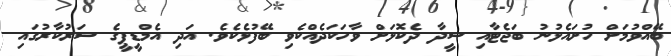
ބޭއްވުމަށް ހުށައެޅުނު ބަޖެޓާއި ސީދާ ދެކޮޅަށް ވާހަކަދެއްކެވި ބޭފުޅެކެވެ. އަދި އެމްޑީޕީގެ ސަރުކާރުގައި